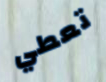
تعطي